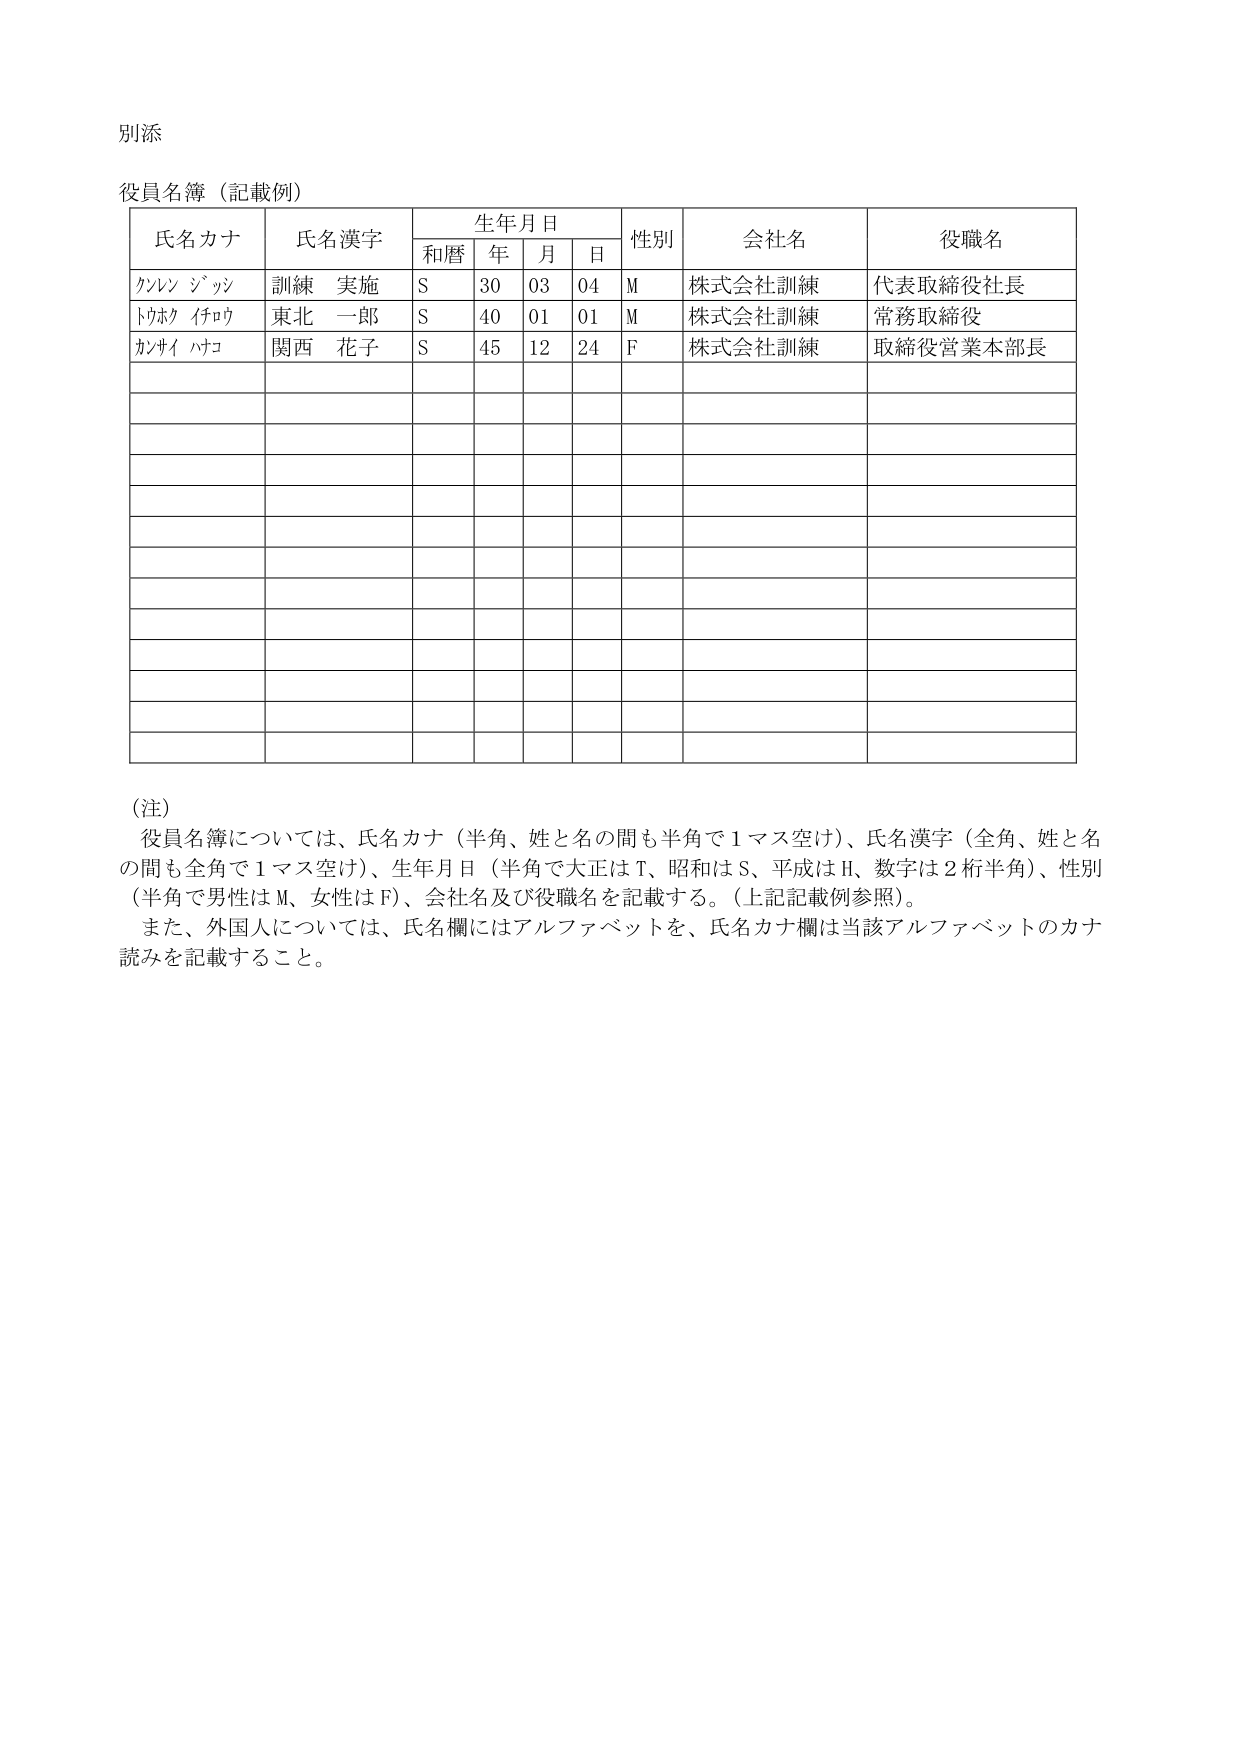
別添

役員名簿（記載例）

氏名カナ　　氏名漢字　　生年月日　　　性別　　会社名　　役職名
　　　　　　　　　　　和暦　年　月　日

クルン ジッジ　　訓練 実施　　S　30　03　04　M　株式会社訓練　　代表取締役社長
トウホク イチロウ　東北 一郎　　S　40　01　01　M　株式会社訓練　　常務取締役
カナサイ ハナコ　　関西 花子　　S　45　12　24　F　株式会社訓練　　取締役営業本部長

（注）
役員名簿については、氏名カナ（半角、姓と名の間も半角で１マス空け）、氏名漢字（全角、姓と名の間も全角で１マス空け）、生年月日（半角で大正はT、昭和はS、平成はH、数字は２桁半角）、性別（半角で男性はM、女性はF）、会社名及び役職名を記載する。（上記記載例参照）。
また、外国人については、氏名欄にはアルファベットを、氏名カナ欄は当該アルファベットのカナ読みを記載すること。